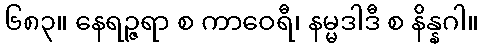
၆၈၃။ နေရဉ္ဇရာ စ ကာဝေရီ၊ နမ္မဒါဒီ စ နိန္နဂါ။